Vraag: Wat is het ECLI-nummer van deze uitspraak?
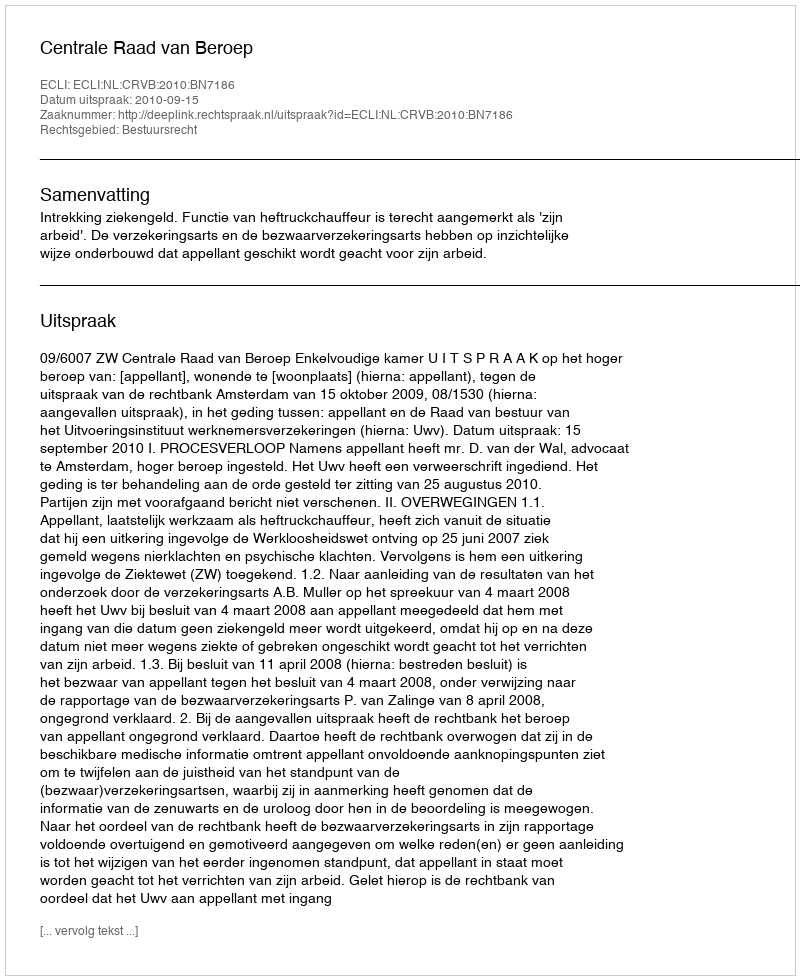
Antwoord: ECLI:NL:CRVB:2010:BN7186